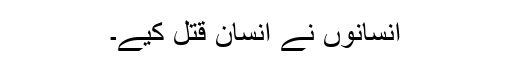
انسانوں نے انسان قتل کیے۔